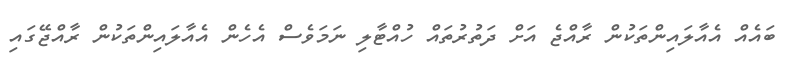
ބައެއް އެއާލައިންތަކުން ރާއްޖެ އަށް ދަތުރުތައް ހުއްޓާލި ނަމަވެސް އެހެން އެއާލައިންތަކުން ރާއްޖޭގައި